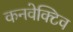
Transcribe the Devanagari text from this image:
कनवेक्टिव